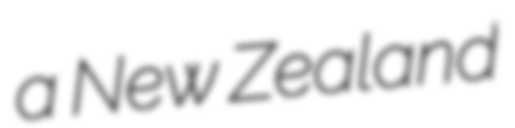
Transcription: a New Zealand